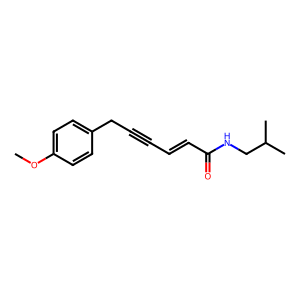
SMILES: COc1ccc(CC#CC=CC(=O)NCC(C)C)cc1
Inhibits HIV replication: No